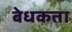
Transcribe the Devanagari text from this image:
बेधकता